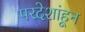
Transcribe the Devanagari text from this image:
परदेशांहून